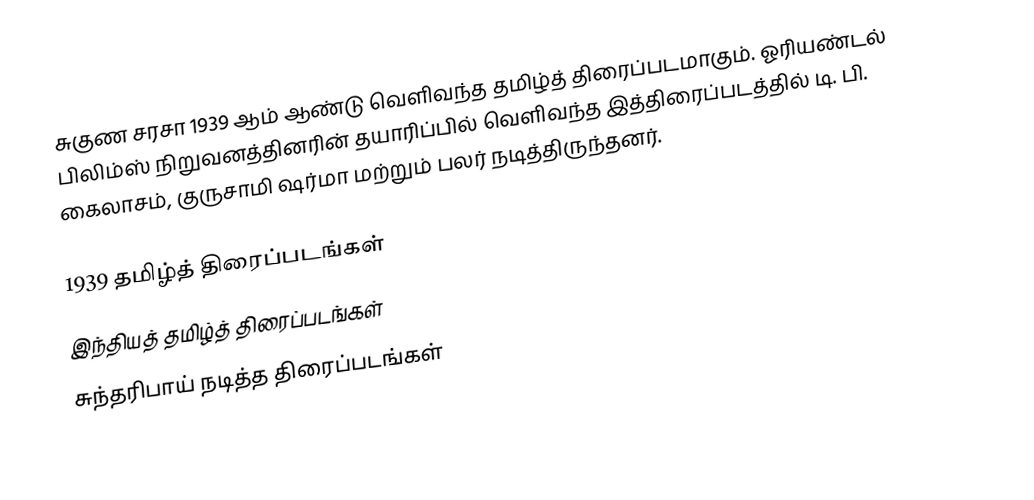
சுகுண சரசா 1939 ஆம் ஆண்டு வெளிவந்த தமிழ்த் திரைப்படமாகும். ஓரியண்டல் பிலிம்ஸ் நிறுவனத்தினரின் தயாரிப்பில் வெளிவந்த இத்திரைப்படத்தில் டி. பி. கைலாசம், குருசாமி ஷர்மா மற்றும் பலர் நடித்திருந்தனர்.

1939 தமிழ்த் திரைப்படங்கள்
இந்தியத் தமிழ்த் திரைப்படங்கள்
சுந்தரிபாய் நடித்த திரைப்படங்கள்